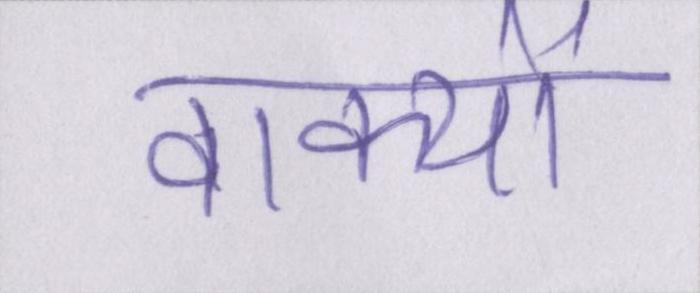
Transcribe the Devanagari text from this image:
वाक्यों